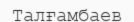
Талғамбаев